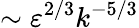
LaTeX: \sim\varepsilon^{2/3}k^{-5/3}